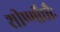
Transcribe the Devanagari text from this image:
शीर्ष्णोद्यौः